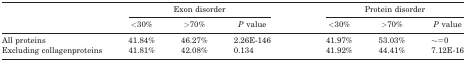
<table><thead><tr><td></td><td colspan="3"><b>Exon disorder</b></td><td></td><td colspan="3"><b>Protein disorder</b></td></tr><tr><td></td><td><b>&lt;30%</b></td><td><b>&gt;70%</b></td><td><b><i>P</i> value</b></td><td></td><td><b>&lt;30%</b></td><td><b>&gt;70%</b></td><td><b><i>P</i> value</b></td></tr></thead><tbody><tr><td>All proteins</td><td>41.84%</td><td>46.27%</td><td>2.26E‐146</td><td></td><td>41.97%</td><td>53.03%</td><td>∼=0</td></tr><tr><td>Excluding collagenproteins</td><td>41.81%</td><td>42.08%</td><td>0.134</td><td></td><td>41.92%</td><td>44.41%</td><td>7.12E‐16</td></tr></tbody></table>